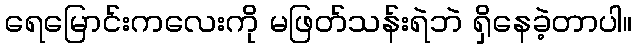
ရေမြောင်းကလေးကို မဖြတ်သန်းရဲဘဲ ရှိနေခဲ့တာပါ။